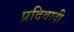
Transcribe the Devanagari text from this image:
प्रदिवादी